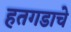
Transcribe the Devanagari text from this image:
हतगडाचे